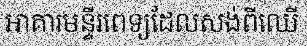
អាគារមន្ទីរពេទ្យដែលសង់ពីឈើ